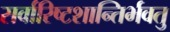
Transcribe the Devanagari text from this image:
सर्वारिष्टशान्तिर्भवतु